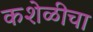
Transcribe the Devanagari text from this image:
कशेळीचा